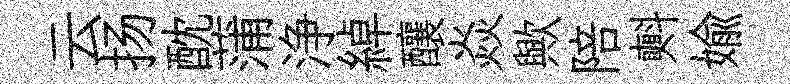
云扬酖蒲浄綽釀焱歟陪㪺媮